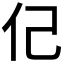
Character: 𮯶